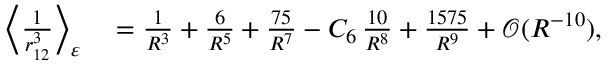
\begin{array} { r l } { \Big \langle \frac { 1 } { r _ { 1 2 } ^ { 3 } } \Big \rangle _ { \varepsilon } } & { { } = \frac { 1 } { R ^ { 3 } } + \frac { 6 } { R ^ { 5 } } + \frac { 7 5 } { R ^ { 7 } } - C _ { 6 } \, \frac { 1 0 } { R ^ { 8 } } + \frac { 1 5 7 5 } { R ^ { 9 } } + \mathcal { O } ( R ^ { - 1 0 } ) , } \end{array}